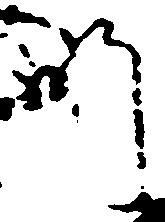
師